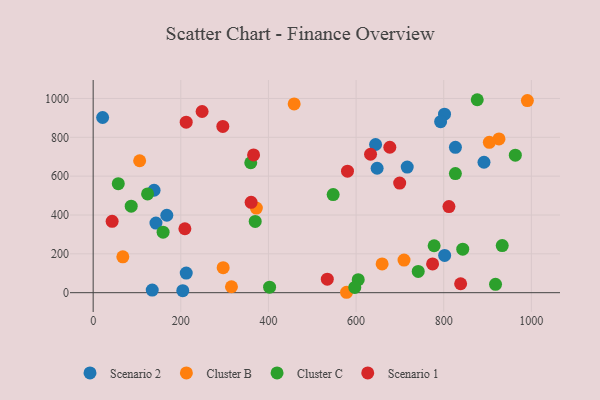
{"axis": {"x": "Experience", "y": "Yield"}, "legend": ["Cluster B", "Cluster C", "Scenario 1", "Scenario 2"], "data": [{"x": "644.5", "y": 763.0, "type": "Scenario 2"}, {"x": "212.4", "y": 101.2, "type": "Scenario 2"}, {"x": "168.1", "y": 398.6, "type": "Scenario 2"}, {"x": "204.5", "y": 10.3, "type": "Scenario 2"}, {"x": "21.6", "y": 902.1, "type": "Scenario 2"}, {"x": "143.3", "y": 358.5, "type": "Scenario 2"}, {"x": "826.7", "y": 748.5, "type": "Scenario 2"}, {"x": "891.9", "y": 671.5, "type": "Scenario 2"}, {"x": "801.8", "y": 919.0, "type": "Scenario 2"}, {"x": "792.9", "y": 880.6, "type": "Scenario 2"}, {"x": "134.8", "y": 13.6, "type": "Scenario 2"}, {"x": "139.0", "y": 527.5, "type": "Scenario 2"}, {"x": "716.7", "y": 646.6, "type": "Scenario 2"}, {"x": "802.1", "y": 191.8, "type": "Scenario 2"}, {"x": "648.0", "y": 640.8, "type": "Scenario 2"}, {"x": "578.2", "y": 2.1, "type": "Cluster B"}, {"x": "106.1", "y": 679.2, "type": "Cluster B"}, {"x": "709.4", "y": 167.7, "type": "Cluster B"}, {"x": "372.4", "y": 435.8, "type": "Cluster B"}, {"x": "458.7", "y": 971.7, "type": "Cluster B"}, {"x": "926.1", "y": 791.8, "type": "Cluster B"}, {"x": "67.7", "y": 184.4, "type": "Cluster B"}, {"x": "315.6", "y": 30.6, "type": "Cluster B"}, {"x": "904.1", "y": 774.4, "type": "Cluster B"}, {"x": "296.7", "y": 129.0, "type": "Cluster B"}, {"x": "990.9", "y": 989.3, "type": "Cluster B"}, {"x": "659.4", "y": 148.0, "type": "Cluster B"}, {"x": "963.4", "y": 708.0, "type": "Cluster C"}, {"x": "826.6", "y": 613.4, "type": "Cluster C"}, {"x": "369.8", "y": 366.8, "type": "Cluster C"}, {"x": "933.5", "y": 242.5, "type": "Cluster C"}, {"x": "86.8", "y": 445.4, "type": "Cluster C"}, {"x": "604.9", "y": 67.0, "type": "Cluster C"}, {"x": "402.6", "y": 28.3, "type": "Cluster C"}, {"x": "741.8", "y": 109.5, "type": "Cluster C"}, {"x": "547.7", "y": 505.0, "type": "Cluster C"}, {"x": "359.6", "y": 669.0, "type": "Cluster C"}, {"x": "918.2", "y": 43.2, "type": "Cluster C"}, {"x": "597.0", "y": 26.9, "type": "Cluster C"}, {"x": "778.1", "y": 241.6, "type": "Cluster C"}, {"x": "124.2", "y": 508.3, "type": "Cluster C"}, {"x": "159.6", "y": 311.5, "type": "Cluster C"}, {"x": "57.3", "y": 561.2, "type": "Cluster C"}, {"x": "876.5", "y": 993.5, "type": "Cluster C"}, {"x": "843.4", "y": 224.1, "type": "Cluster C"}, {"x": "811.9", "y": 443.6, "type": "Scenario 1"}, {"x": "699.5", "y": 564.6, "type": "Scenario 1"}, {"x": "633.0", "y": 712.7, "type": "Scenario 1"}, {"x": "248.6", "y": 932.9, "type": "Scenario 1"}, {"x": "43.3", "y": 367.5, "type": "Scenario 1"}, {"x": "360.5", "y": 465.0, "type": "Scenario 1"}, {"x": "774.6", "y": 148.2, "type": "Scenario 1"}, {"x": "212.3", "y": 877.7, "type": "Scenario 1"}, {"x": "838.6", "y": 46.0, "type": "Scenario 1"}, {"x": "366.1", "y": 709.3, "type": "Scenario 1"}, {"x": "534.3", "y": 69.4, "type": "Scenario 1"}, {"x": "295.9", "y": 855.9, "type": "Scenario 1"}, {"x": "209.3", "y": 329.1, "type": "Scenario 1"}, {"x": "580.4", "y": 625.7, "type": "Scenario 1"}, {"x": "677.0", "y": 748.7, "type": "Scenario 1"}]}